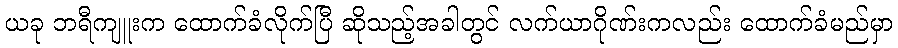
ယခု ဘရီကျူးက ထောက်ခံလိုက်ပြီ ဆိုသည့်အခါတွင် လက်ယာဂိုဏ်းကလည်း ထောက်ခံမည်မှာ